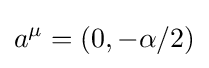
a^{\mu }=(0,-\alpha /2)